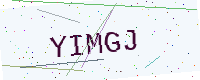
Text: YIMGJ